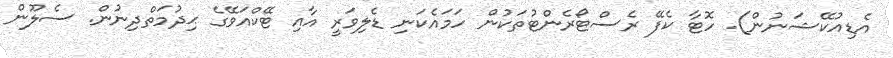
އެޑިއުކޭޝަނުން). ހޮޓާ ކެފޭ ރެސްޓޯރެންޓުތަކުން ހަމައެކަނި ޑެލިވަރީ އާއި ޓޭކްއަވޭގެ ޙިދުމަތްދިނުން. ސެލޫން